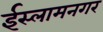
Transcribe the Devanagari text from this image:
ईस्लामनगर